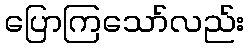
ပြောကြသော်လည်း